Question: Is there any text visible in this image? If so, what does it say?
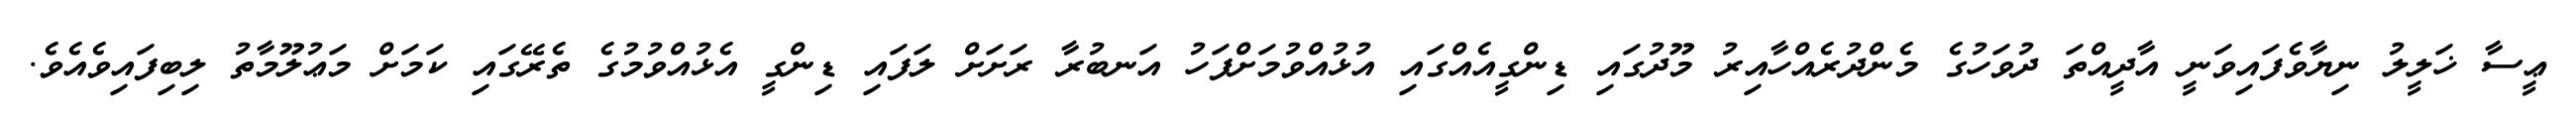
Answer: ޢީސާ ޚަލީލު ނިޔާވެފައިވަނީ އާދީއްތަ ދުވަހުގެ މެންދުރެއްހާއިރު މޫދުގައި ޑިންގީއެއްގައި އުޅުއްވުމަށްފަހު އަނބުރާ ރަށަށް ލަފައި ޑިންގީ އެޅުއްވުމުގެ ތެރޭގައި ކަމަށް މަޢުލޫމާތު ލިބިފައިވެއެވެ.